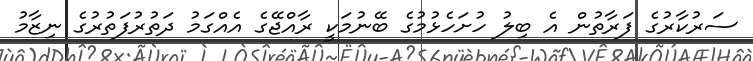
ސަރުކާރުގެ ފަރާތުން އެ ބިލު ހުށަހެޅުމުގެ ބޭނުމަކީ ރާއްޖޭގެ އެއްގަމު ދަތުރުފަތުރުގެ ނިޒާމު